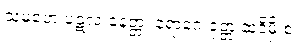
သမူဟေ ပဋလံ နေတ္တ၊ ရောဂေ ဝုတ္တံ ဆဒိမှိ စ။